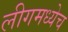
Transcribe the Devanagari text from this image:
लीगमध्येच